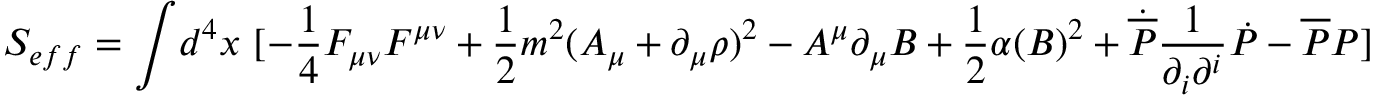
S _ { e f f } = \int \! d ^ { 4 } x ~ [ - \frac { 1 } { 4 } F _ { \mu \nu } F ^ { \mu \nu } + \frac { 1 } { 2 } m ^ { 2 } ( A _ { \mu } + \partial _ { \mu } \rho ) ^ { 2 } - A ^ { \mu } \partial _ { \mu } B + \frac { 1 } { 2 } \alpha ( B ) ^ { 2 } + \dot { { \overline { { { \cal P } } } } } \frac { 1 } { \partial _ { i } \partial ^ { i } } \dot { { \cal P } } - { \overline { { { \cal P } } } } { \cal P } ]